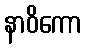
နာဝိကော